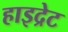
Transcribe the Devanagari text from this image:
हाइद्रेट